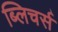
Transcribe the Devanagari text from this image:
ब्लिचर्स